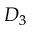
D _ { 3 }